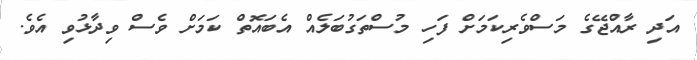
އަދި ރާއްޖޭގެ މަސްވެރިކަމަށް ފަހި މުސްތަގުބަލެއް އެބައޮތް ކަމަށް ވެސް ވިދާޅުވި އެވެ.